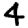
Digit: 4